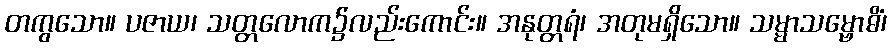
တကွသော။ ပဇာယ၊ သတ္တလောက၌လည်းကောင်း။ အနုတ္တရံ၊ အတုမရှိသော။ သမ္မာသမ္ဗောဓိံ၊